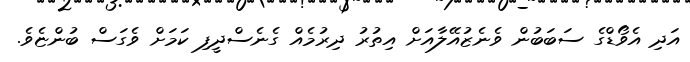
އަދި އެވޯޑްގެ ސަބަބުން ވެނެޒުއޭލާއަށް އިތުރު ދިރުމެއް ގެނެސްދީފި ކަމަށް ވެގަސް ބުންޏެވެ.